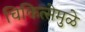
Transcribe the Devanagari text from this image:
चिकित्सेमुळे